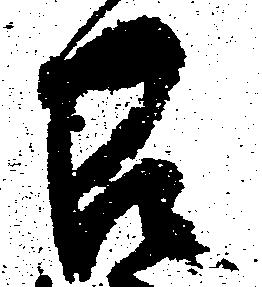
召